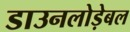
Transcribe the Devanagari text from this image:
डाउनलोड़ेबल